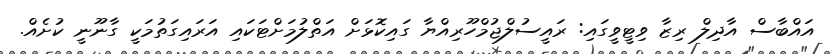
އައްބާސް އާދިލް ރިޒާ ވިޓީވީގައި: ރައީސުލްޖުމްހޫރިއްޔާ ގައިކޮޅަށް އަތްލުމަށްޓަކައި އަރައިގަތުމަކީ ގާނޫނީ ކުށެއް.